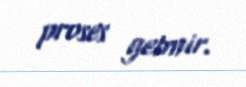
proses getmir.